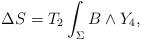
LaTeX: \begin{align*}\Delta S = T_2\int_\Sigma B\wedge Y_4,\end{align*}